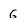
Character: G